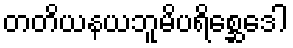
တတိယနယဘူမိပရိစ္ဆေဒေါ